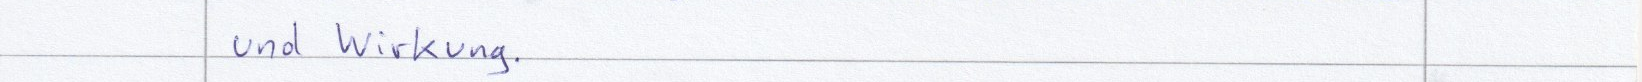
und Wirkung.